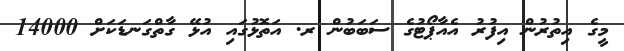
މީގެ އިތުރުން އިފުރު އެއާޕޯޓުގެ ސަބަބުން ރ. އަތޮޅުގައި އުޅޭ ގާތްގަނޑަކަށް 14000